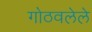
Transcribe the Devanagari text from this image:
गोठवलेले